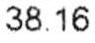
38.16